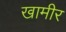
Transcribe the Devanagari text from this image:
खामीर